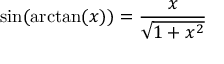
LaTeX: \sin ( \arctan ( x ) ) = { \frac { x } { \sqrt { 1 + x ^ { 2 } } } }